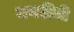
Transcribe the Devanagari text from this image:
मगरींनी